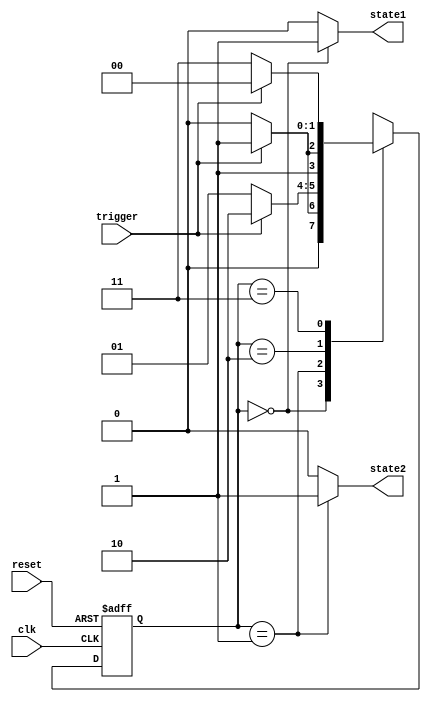
module state_machine (
    input clk,      // Clock input
    input reset,    // Reset input
    input trigger,  // Input signal that triggers state transitions

    output reg state1, // Output representing current state
    output reg state2
);

// State variables
reg [1:0] current_state;
reg [1:0] next_state;

// State encodings
parameter STATE_A = 2'b00;
parameter STATE_B = 2'b01;
parameter STATE_C = 2'b10;
parameter STATE_D = 2'b11;

always @ (posedge clk or posedge reset) begin
    if (reset) begin
        current_state <= STATE_A;
    end else begin
        current_state <= next_state;
    end
end

always @ (*) begin
    case (current_state)
        STATE_A: begin
            if (trigger) begin
                next_state <= STATE_B;
            end else begin
                next_state <= STATE_A;
            end
        end
        STATE_B: begin
            if (trigger) begin
                next_state <= STATE_C;
            end else begin
                next_state <= STATE_B;
            end
        end
        STATE_C: begin
            if (trigger) begin
                next_state <= STATE_D;
            end else begin
                next_state <= STATE_C;
            end
        end
        STATE_D: begin
            if (trigger) begin
                next_state <= STATE_A;
            end else begin
                next_state <= STATE_D;
            end
        end
    endcase
end

// State outputs
always @ (current_state) begin
    state1 = (current_state == STATE_A) ? 1'b1 : 1'b0;
    state2 = (current_state == STATE_B) ? 1'b1 : 1'b0;
end

endmodule